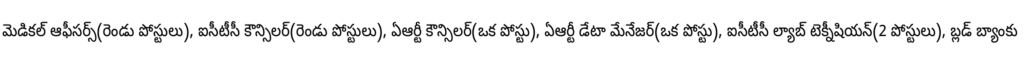
మెడికల్ ఆఫీసర్స్(రెండు పోస్టులు), ఐసీటీసీ కౌన్సిలర్(రెండు పోస్టులు), ఏఆర్టీ కౌన్సిలర్(ఒక పోస్టు), ఏఆర్టీ డేటా మేనేజర్(ఒక పోస్టు), ఐసీటీసీ ల్యాబ్ టెక్నీషియన్(2 పోస్టులు), బ్లడ్ బ్యాంకు